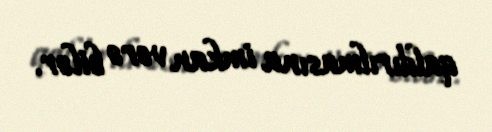
qaldırılmasına imkan verə bilər.